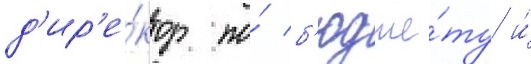
д'ир'е́ктор по́ б'юдже́ту и́